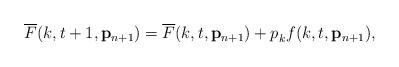
LaTeX: \begin{align*}\begin{aligned}\overline{F}(k,t+1,\mathbf{p}_{n+1}) = \overline{F}(k,t,\mathbf{p}_{n+1}) + p_{k}^{} f(k,t,\mathbf{p}_{n+1}), \end{aligned}\end{align*}